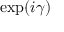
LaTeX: \exp ( i \gamma )